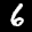
Label: 6